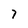
Character: 7